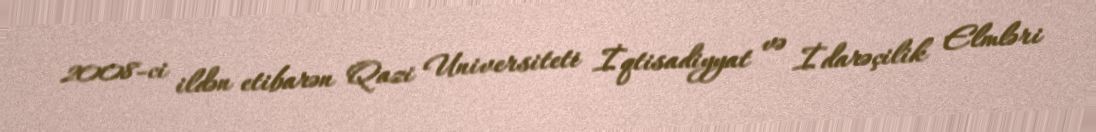
2008-ci ildən etibarən Qazi Universiteti İqtisadiyyat və İdarəçilik Elmləri